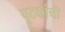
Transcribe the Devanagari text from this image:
पुटकांची